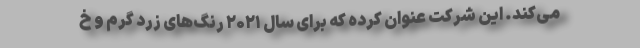
می‌کند. این شرکت عنوان کرده که برای سال ۲۰۲۱ رنگ‌های زردِ گرم و خ